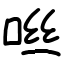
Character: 咝